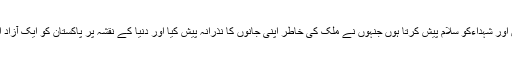
انہوں نے کہا کہ ان بزرگوں، جوانوں اور شہداءکو سلام پیش کرتا ہوں جنہوں نے ملک کی خاطر اپنی جانوں کا نذرانہ پیش کیا اور دنیا کے نقشہ پر پاکستان کو ایک آزاد اور خود مختار ریاست کا وجود بخشا۔